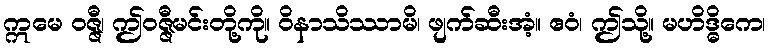
ဣမေ ဝဇ္ဇီ၊ ဤဝဇ္ဇီမင်းတို့ကို။ ဝိနာသိဿာမိ၊ ဖျက်ဆီးအံ့။ ဧဝံ၊ ဤသို့။ မဟိဒ္ဓိကေ၊